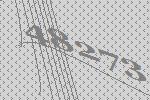
48273